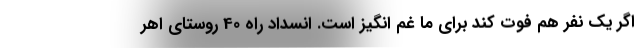
اگر یک نفر هم فوت کند برای ما غم انگیز است. انسداد راه 40 روستای اهر